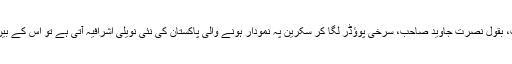
اس کی زد میں جب، بقول نصرت جاوید صاحب، سرخی پوؤڈر لگا کر سکرین پہ نمودار ہونے والی پاکستان کی نئی نویلی اشرافیہ آتی ہے تو اس کے بین دل دہلا دیتے ہیں۔